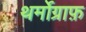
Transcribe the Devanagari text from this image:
थर्मोग्राफ़